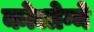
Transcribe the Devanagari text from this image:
कोलोग्ने